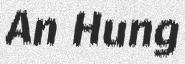
An Hung